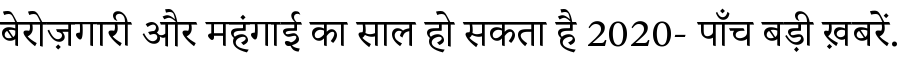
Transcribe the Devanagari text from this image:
बेरोज़गारी और महंगाई का साल हो सकता है 2020- पाँच बड़ी ख़बरें.